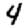
Digit: 4